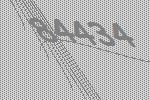
84434